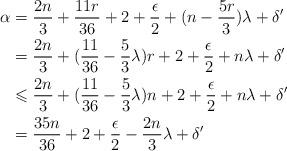
LaTeX: \begin{align*} \alpha & =\frac{2n}{3}+\frac{11r}{36}+2+\frac{\epsilon}{2}+ (n-\frac{5r}{3})\lambda+\delta' \\ & =\frac{2n}{3}+(\frac{11}{36}-\frac{5}{3}\lambda)r+2+\frac{\epsilon}{2}+ n\lambda+\delta'\\ & \leqslant \frac{2n}{3}+(\frac{11}{36}-\frac{5}{3}\lambda)n+2+\frac{\epsilon}{2}+n\lambda+\delta' \\ & = \frac{35n}{36}+2+\frac{\epsilon}{2}-\frac{2n}{3}\lambda +\delta' \end{align*}